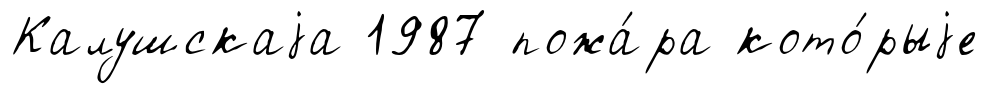
Калушскаjа 1987 пожа́ра кото́рыjе